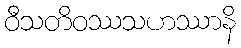
ဝီသတိဝဿသဟဿာနိ